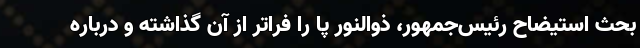
بحث استیضاح رئیس‌جمهور، ذوالنور پا را فراتر از آن گذاشته و درباره